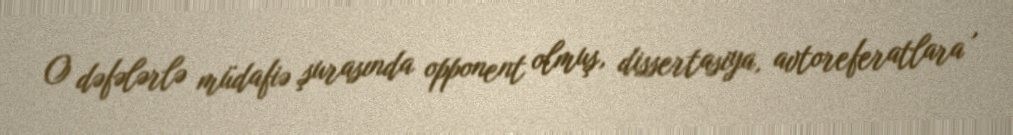
O dəfələrlə müdafiə şurasında opponent olmuş, dissertasiya, avtoreferatlara ,